Vital statistics of India. Vol. IV, Annual returns from 1871 to 1876. British Army of India, Native Army and jails of Bengal
Year: 1871
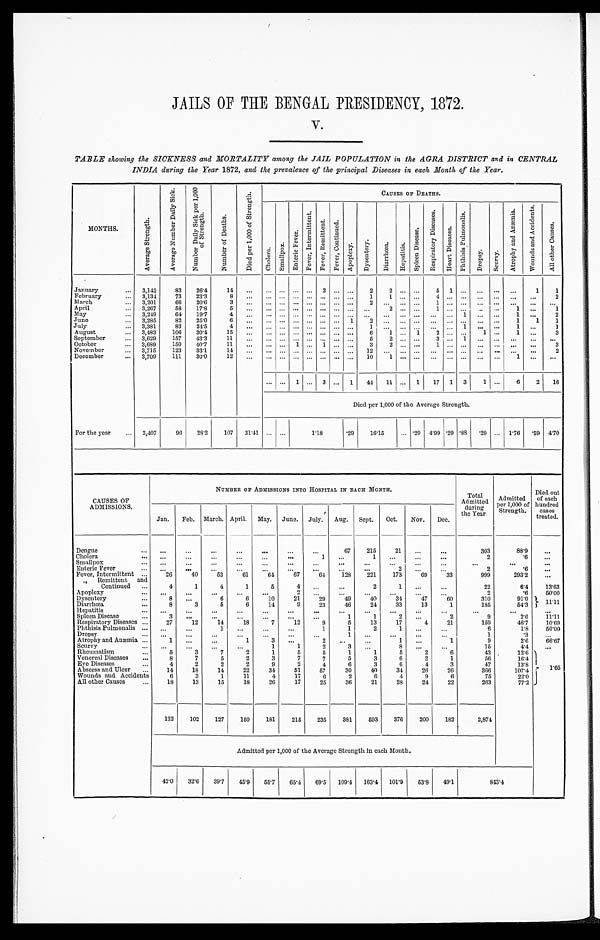
JAILS OF THE BENGAL PRESIDENCY, 1872.
V.
TABLE showing the SICKNESS and MORTALITY among the JAIL POPULATION in the AGRA DISTRICT and in CENTRAL
INDIA during the Year 1872, and the prevalence of the principal Diseases in each Month of the Year.
MONTHS .
A v e r a g e S t r e n g t h .
A v e r a g e N u m b e r D a i l y S i c k . N u m b e r D a i l y S i c k p e r 1 , 0 0 0 o f S t r e n g t h .
N u m n b e r o f D e a t h s .
D i e d p e r 1 , 0 0 0 o f S t r e n g t h .
CAUSES OF DEATHS.
C h o l e r a .
S m a l l p o x .
E n t e r i c F e v e r .
F e v e r , I n t e r m i t t e n t .
F e v e r , R e m i t t e n t . F e v e r , C o n t i n u e d .
A p o p l e x y .
D y s e n t e r y . D i a r r h œ a . H e p a t i t i s .
S p l e e n D i s e a s e .
R e s p i r a t o r y D i s e a s e s .
H e a r t D i s e a s e s .
P h t h i s i s P u l m o n a l i s .
D r o p s y . S c u r v y .
A t r o p h y a n d A n æ m i a .
W o u n d s a n d A c c i d e n t s .
A l l o t h e r C a u s e s .
January . . . 3,142
83 26.4
1 4 . . . . . . . . . . . . . . . 2 . . . . . .
2
2 . . . . . . 5
1 . . . . . . . . . . . .
1 1
February . . . 3,134 73 23.3
8
. . . . . . . . . . . . . . . . . . . . . . . . 1
1 . . . . . . 4
. . . . . . . . . . . . . . . . . . 2
March . . . 3,201
66 20.6
3
. . . . . . . . . . . . . . . . . . . . . . . .
2 . . . . . . . . . 1
. . . . . . . . . . . . . . . . . .
. . .
April . . . 3,267
58 17.8
5
. . . . . . . . . . . . . . . . . . . . . . . . . . .
2 . . . . . . 1
. . . . . . . . . . . . 1 . . .
1
May . . . 3,249 64 19.7
4
. . . . . . . . . . . . . . . . . . . . . . . . . . . . . . . . . . . . . . . . . . 1
. . . . . . 1 . . . 2
June . . . 3,285
82 25.0
6
. . . . . . . . . . . . . . . . . . . . . 1 2
. . . . . . . . . . . . . . . . . . . . . . . . 1 1 1
July . . . 3,381
83 24.5
4
. . . . . . . . . . . . . . . . . . . . . . . . 1
. . . . . . . . . . . . . . . 1 . . . . . . 1 . . .
1
August . . . 3,483 106 30.4 15
. . . . . . . . . . . . . . . . . . . . . . . . 6 1 . . . 1 2
. . . . . . 1 . . . 1 . . . 3
September . . . 3,629 157 43.3 11 . . . . . . . . . . . . . . . . . . . . . . . . 5
2 . . . . . . 3
. . . 1 . . . . . .
. . . . . .
. . .
October . . . 3,689 150 40.7 11
. . . . . . . . . 1 . . . 1 . . . . . . 3
2 . . . . . . 1
. . . . . .
. . . . . .
. . . . . . 3
November . . . 3,715 123 33.1 14
. . . . . . . . . . . . . . . . . . . . . . . .
1 2 . . . . . . . . . . . . . . . . . .
. . . . . .
. . . . . .
2
December . . . 3,709 111 30.0 12
. . . . . . . . . . . . . . . . . . . . . . . . 10
1 . . . . . . . . . . . . . . .
. . . . . .
1 . . .
. . .
. . . . . . 1 . . . 3 . . . 1 44
1 1 . . . 1 17 1 3 1 . . . 6 2 16
Died per 1,000 of the Average Strength.
For the year . . . 3,407
96 28.2 107 31.41 . . . . . .
1 . 1 8
.29 16.15
. . . . 2 9 4.99 .29 .88
. 2 9 . . . 1.76 . 59 4.70
CAUSES OF
ADMISSIONS.
NUMBER OF ADMISSIONS INTO HOSPITAL IN EACH MONTH.
Total
Admitted during
the Year.
Ad mi t t e d p e r 1 , 0 0 0 o f S t r e n g t h . Died out
of each
hundr e d c a s e s t r e a t e d.
Jan. Feb. March. April. May. June. July. Aug. Sept. Oct. Nov. Dec.
Dengue . . .
. . .
. . .
. . .
. . .
. . .
. . .
. . .
67 215
21
. . .
. . .
303
88.9
. . .
Cholera . . .
. . .
. . .
. . .
. . .
. . .
. . .
1
. . .
1
. . . . . .
. . .
2
.6
. . .
Smallpox . . .
. . .
. . .
. . .
. . .
. . .
. . .
. . .
. . .
. . .
. . .
. . .
. . .
. . .
. . .
. . .
Enteric Fever . . .
. . .
. . .
. . .
. . .
. . .
. . .
. . .
. . .
. . .
2
. . .
. . .
2
.6
. . .
Fever, Intermittent . . . 26
40
53
61
64
67
64 128 221 173
69
33
999
293.2
. . .
" Remittent and
Continued . . .
4
1
4
1
5
4
. . .
. . .
2
1
. . .
. . .
22
6.4 13.63
Apoplexy . . .
. . .
. . .
. . .
. . .
. . .
2
. . .
. . .
. . .
. . .
. . .
. . .
2
.6
50.00
Dysentery . . .
8
. . .
6
6
10
21
29
49
40
34
47
60
310
91.0
1 1 . 1 1
Diarrhœa. . . .
8
3
5
6
14
9
23
46
24
33
13
1
185
54.3
Hepatitis . . .
. . .
. . .
. . .
. . .
. . .
. . .
. . .
. . .
. . .
. . .
. . .
. . .
. . .
. . .
. . .
Spleen Disease . . .
3
. . .
. . .
. . .
. . .
. . .
. . .
1
1
2
. . .
2
9
2.6
11.11
Respiratory Diseases . . . 27
12
14
18
7
12
9
5
13
17
4
21
159
46.7
10.69
Phthisis Pulmonalis . . . . . .
. . .
1
. . . . . .
. . .
1
1
2
1
. . . . . .
6
1.8
5 0 . 0 0
Dropsy . . .
. . .
. . .
. . .
. . .
. . .
. . .
. . .
1
. . . . . .
. . .
. . .
1
.3
. . .
Atrophy and Anæmia . . .
1
. . .
. . .
1
3
. . .
2
. . . . . .
1
. . .
1
9
2.6
6 6 . 6 7
Scurvy . . .
. . .
. . .
. . .
. . .
1
1
2
3
. . .
8
. . .
. . .
15
4.4
. . .
Rheumatism . . .
5
3
7
2
1
5
5
1
1
5
2
6
43 12.6 1. 65
Venereal Diseases . . .
8
7
5
2
3
7
7
5
3
6
2
1
56
16.4
Eye Diseases . . .
4
2
2
2
9
2
4
6
3
6
4
3
47
1 3 . 8
Abscess and Ulcer . . . 14
18
14
22
34
51
57
30
40
34
26
26
366
107.4
Wounds and Accidents
6
3
1
11
4
1 7 6
2
6
4
9
6
75
22.0
All other Causes . . . 18
13
15
18
26
17
25
36
21
28
24
22
263
77.2
132 102 127 150 181 215 235 381 593 376 200 182
2,874
Admitted per 1,000 of the Average Strength in each Month.
42.0 32.6 39.7 45.9 55.7 65.4 69.5 109.4 163.4 101.9 53.8 49.1
843.4